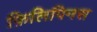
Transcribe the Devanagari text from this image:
फ़िलिपिनस